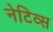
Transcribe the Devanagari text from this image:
नेटिव्स